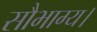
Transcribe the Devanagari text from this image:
सौभाग्य।